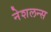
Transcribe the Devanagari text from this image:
नेशलन्स